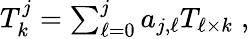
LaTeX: \begin{array}{r}{T_{k}^{j}=\sum_{\ell=0}^{j}a_{j,\ell}T_{\ell\times k}\; ,}\end{array}